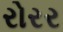
રોરર